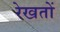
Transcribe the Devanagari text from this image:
रेखतों